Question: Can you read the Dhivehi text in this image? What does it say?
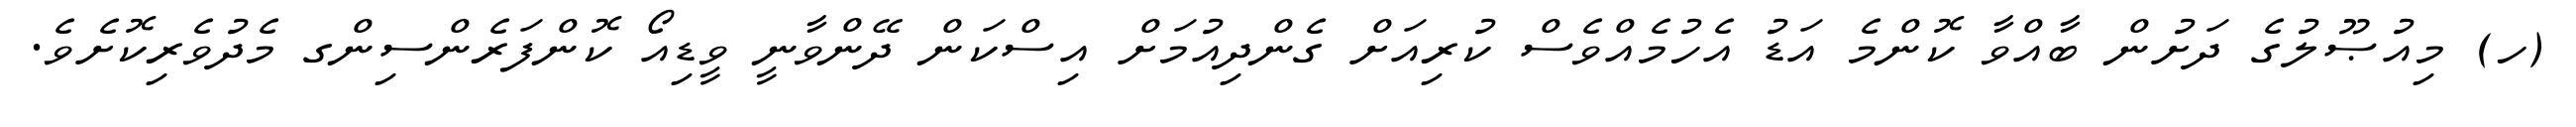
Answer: (ހ) މިއުޞޫލުގެ ދަށުން ބާއްވާ ކޮންމެ އަޑު އެހުމެއްވެސް ކުރިއަށް ގެންދިއުމަށް އިސްކަން ދޭންވާނީ ވީޑިއޯ ކޮންފަރެންސިންގ މެދުވެރިކޮށެވެ.